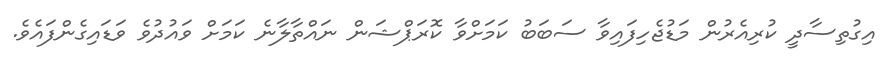
އިގުތިސާދީ ކުރިއެރުން މަޑުޖެހިފައިވާ ސަބަބު ކަމަށްވާ ކޮރަޕްޝަން ނައްތާލާނެ ކަމަށް ވައުދުވެ ވަޑައިގެންފައެވެ.